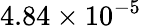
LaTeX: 4.84\times 10^{-5}